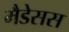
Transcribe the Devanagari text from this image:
मैडेसस